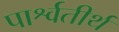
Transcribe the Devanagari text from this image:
पार्श्वतीर्थ